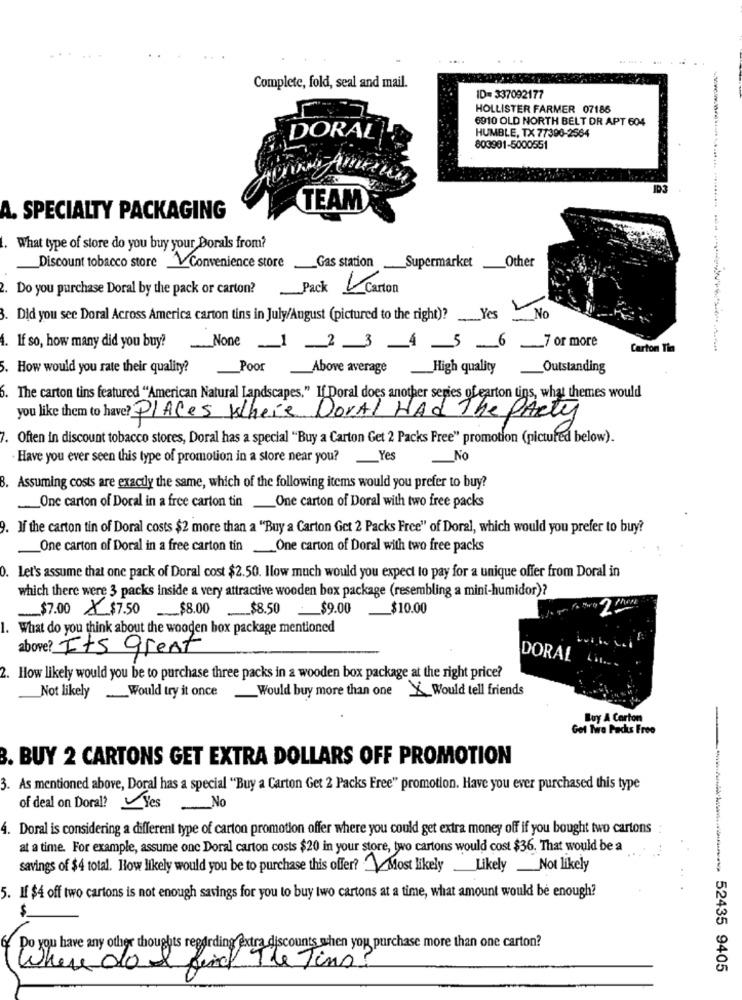
. .
...
Complete, fold, seal and mail.
ID= 337092177
HOLLISTER FARMER 07186
6910 OLD NORTH BELT DR APT 604
DORAL
HUMBLE, TX 77390-2564
803901-5000551
TEAM
A. SPECIALTY PACKAGING
1. What type of store do you buy your Dorals from?
Discount tobacco store Convenience store
Other
Gas station Supermarket_
. Do you purchase Doral by the pack or carton?
Pack Carton
. Did you see Doral Across America carton tins in July/August (pictured to the right)? Yes No
4. If so, how many did you buy?None _1 2 3 4 5 _ 6_7 or more
Carton Tin
. How would you rate their quality? Poor Above average High quality
Outstanding
6. The carton tins featured "American Natural Landscapes," If Doral does another series of carton tins, what themes would
you like them to have? Places Where Doral Had The PARty
7. Often in discount tobacco stores, Doral has a special "Buy a Carton Get 2 Packs Free" promotion (pictured below).
Have you ever seen this type of promotion in a store near you? Yes
No
8. Assuming costs are exactly the same, which of the following items would you prefer to buy?
One carton of Doral in a free carton tin One carton of Doral with two free packs
. If the carton tin of Doral costs $2 more than a "Buy a Carton Get 2 Packs Free" of Doral, which would you prefer to buy?
One carton of Doral in a free carton tin One carton of Doral with two free packs
0. Let's assume that one pack of Doral cost $2.50. Ilow much would you expect to pay for a unique offer from Doral in
which there were 3 packs inside a very attractive wooden box package (resembling a mini-humidor)?
2 Ma
___ $7.00 × $7.50
$8.00 _$8.50 _$9.00
$10.00
1. What do you think about the wooden box package mentioned
above? Its great
DORAL
2. How likely would you be to purchase three packs in a wooden box package at the right price?
Not likely_ Would try it once_Would buy more than one X Would tell friends
Buy A Carton
Got Two Packs Free
3. BUY 2 CARTONS GET EXTRA DOLLARS OFF PROMOTION
3. As mentioned above, Doral has a special "Buy a Carton Get 2 Packs Free" promotion. Have you ever purchased this type
of deal on Doral? YesNo
4. Doral is considering a different type of carton promotion offer where you could get extra money off if you bought two cartons
at a time. For example, assume one Doral carton costs $20 in your store, two cartons would cost $36. That would be a
savings of $4 total. How likely would you be to purchase this offer?Most likely Likely_Not likely
5. If $4 off two cartons is not enough savings for you to buy two cartons at a time, what amount would be enough?
$
Do you have any other thoughts regarding @xtra discounts when you purchase more than one carton?
Where do.
find Ile Jing
---- 52435 9405